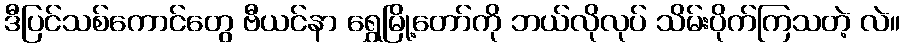
ဒီပြင်သစ်ကောင်တွေ ဗီယင်နာ ရွှေမြို့တော်ကို ဘယ်လိုလုပ် သိမ်းပိုက်ကြသတဲ့ လဲ။